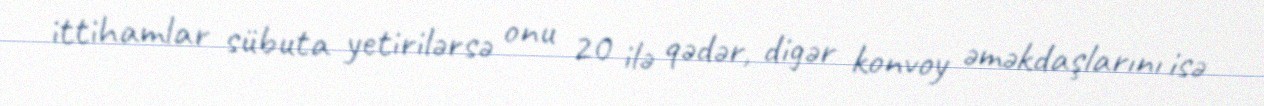
ittihamlar sübuta yetirilərsə onu 20 ilə qədər, digər konvoy əməkdaşlarını isə